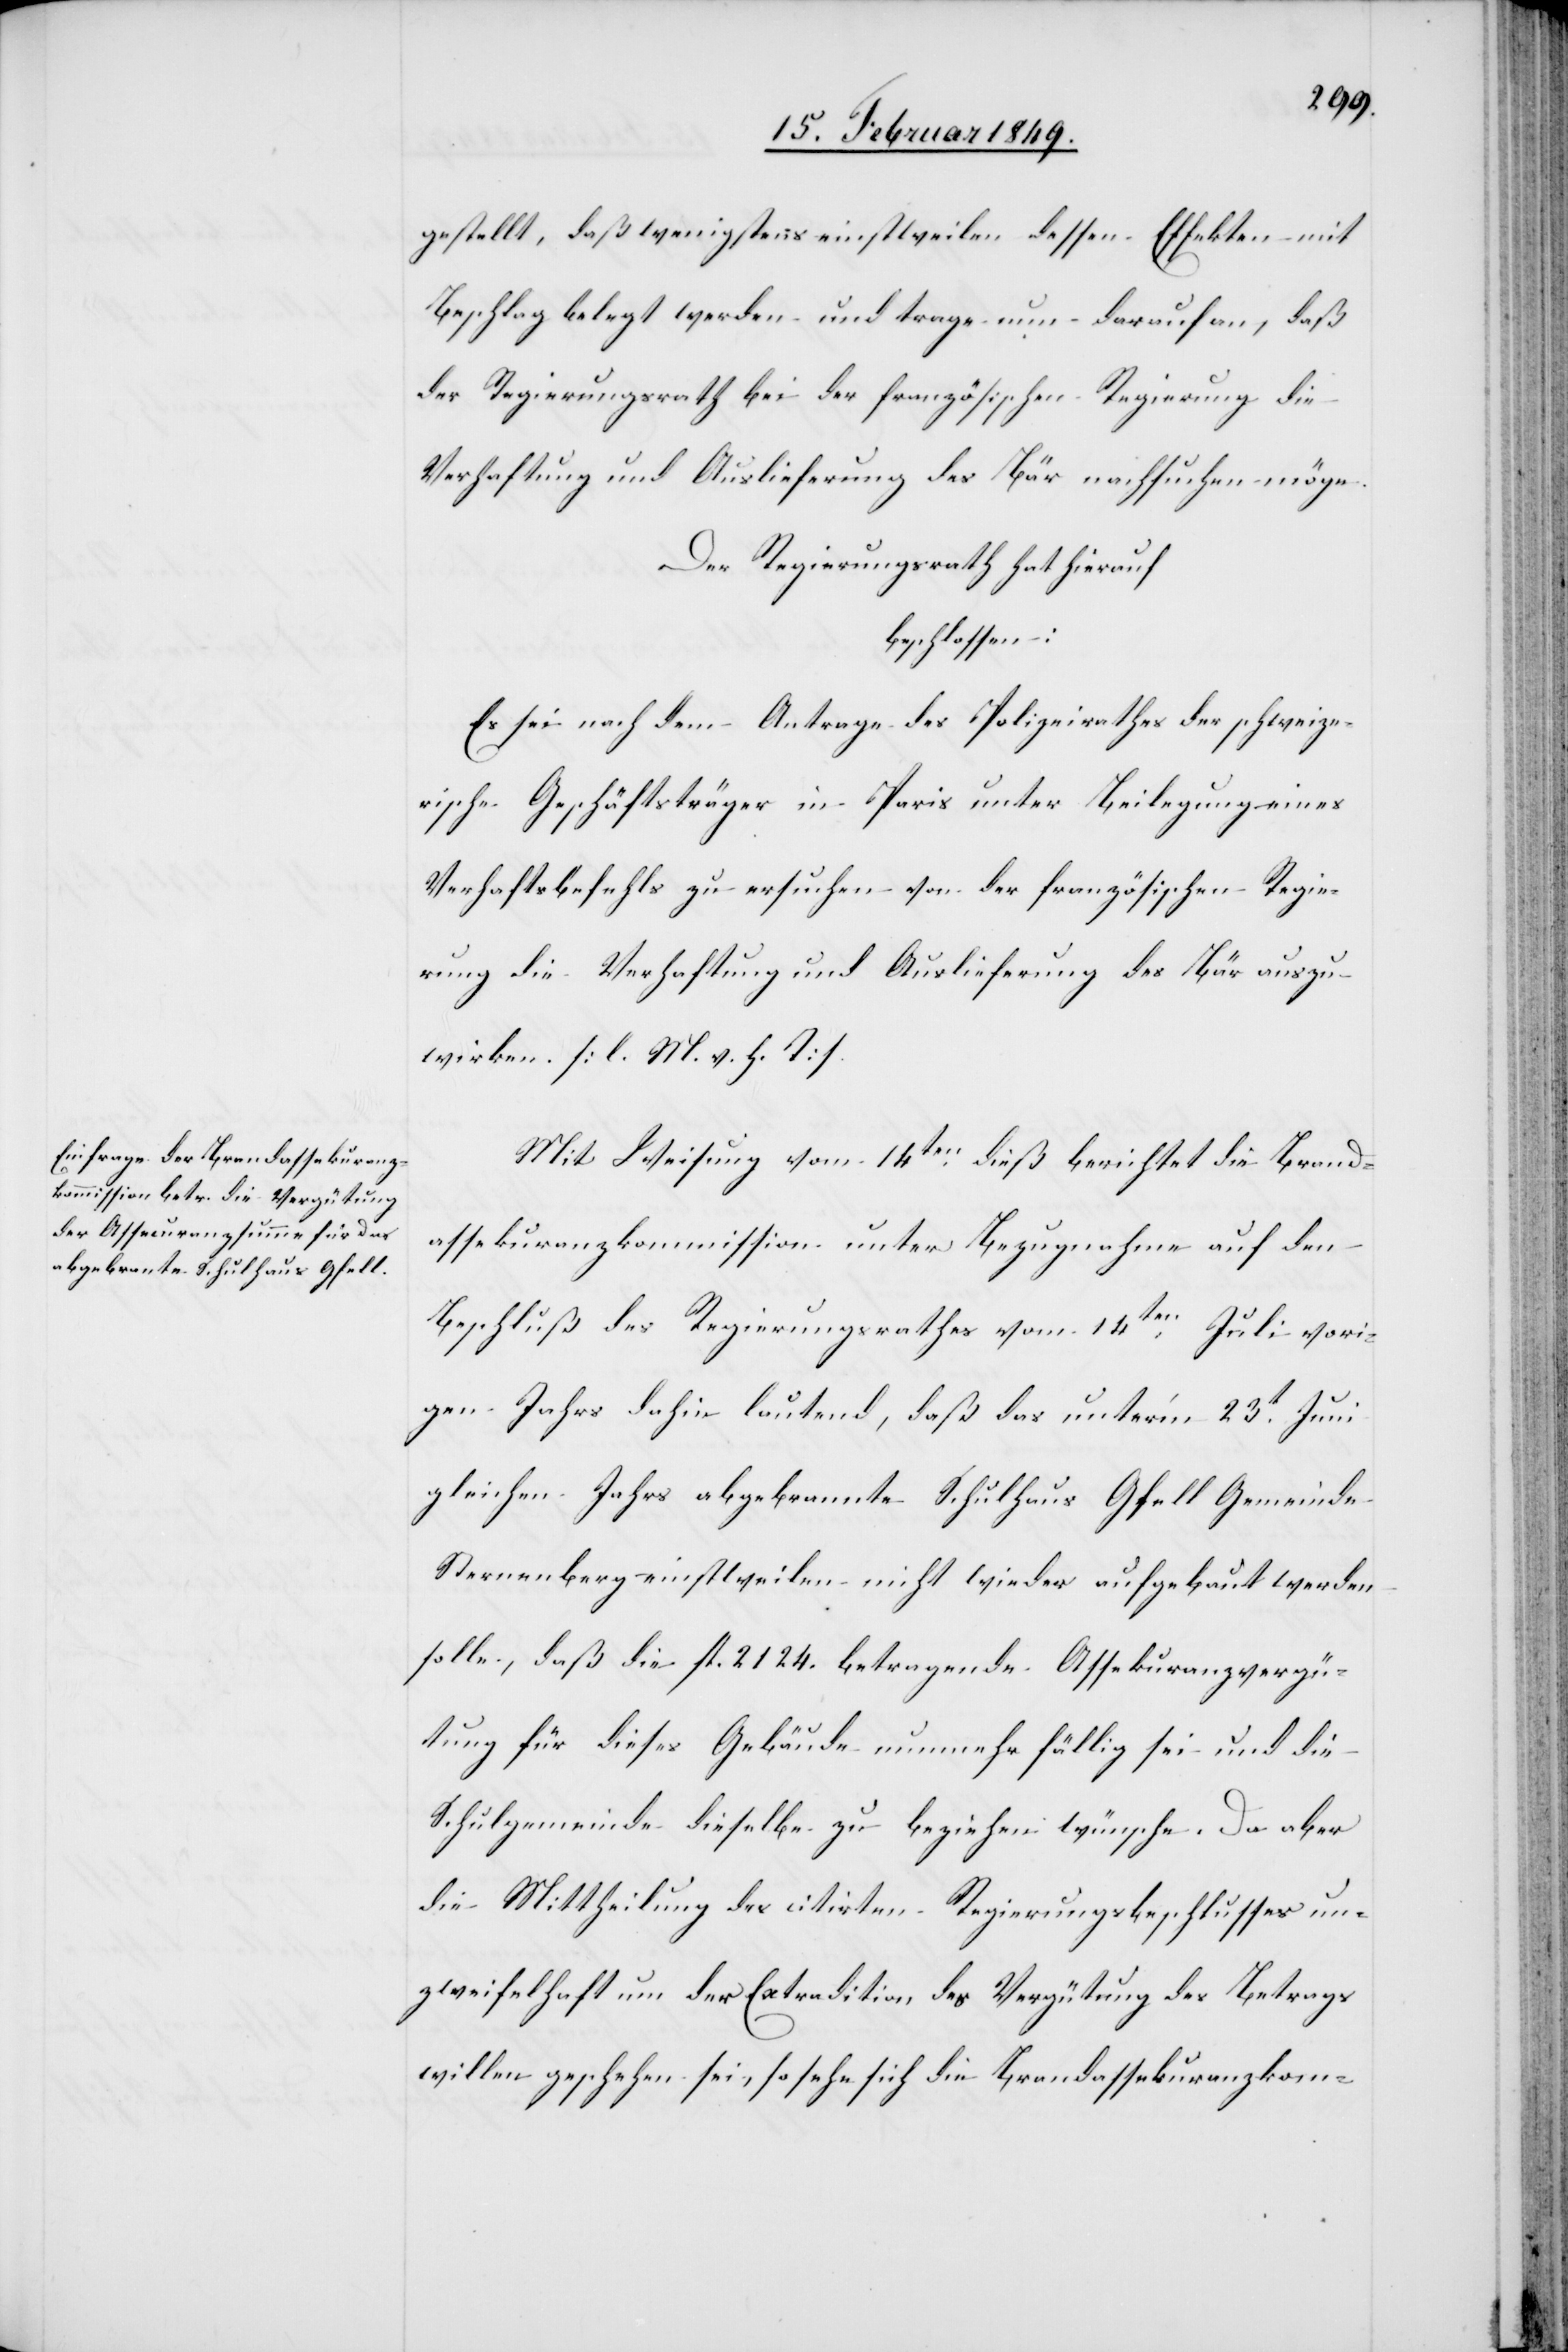
gestellt, daß wenigstens einstweilen dessen Effekten mit
Beschlag belegt werden und trage nun darauf an, daß
der Regierungsrath bei der französischen Regierung die
Verhaftung und Auslieferung des Bär nachsuchen möge.
Der Regierungsrath hat hierauf
beschlossen:
Es sei nach dem Antrage des Polizeirathes der schweize¬
rische Geschäftsträger in Paris unter Beilegung eines
Verhaftsbefehls zu ersuchen von der französischen Regie¬
rung die Verhaftung und Auslieferung des Bär auszu¬
wirken. [l. M. v. h. T]
Mit Weisung vom 14ten. dieß berichtet die Brand¬
assekuranzkommission unter Bezugnahme auf den
Beschluß des Regierungsrathes vom 14ten. Juli vori¬
gen Jahrs dahin lautend, daß das unter’m 23t. Juni
gleichen Jahrs abgebrannte Schulhaus Gfell Gemeinde
Sternenberg einstweilen nicht wieder aufgebaut werden
solle, daß die fl. 2124. betragende Assekuranzvergü¬
tung für dieses Gebäude nunmehr fällig sei und die
Schulgemeinde dieselbe zu beziehen wünsche. Da aber
die Mittheilung des citirten Regierungsbeschlusses un¬
zweifelhaft um der Extradition der Vergütung des Betrags
willen geschehen sei, so sehe sich die Brandassekuranzkom-